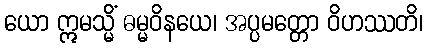
ယော ဣမသ္မိံ ဓမ္မဝိနယေ၊ အပ္ပမတ္တော ဝိဟဿတိ၊